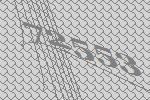
72553